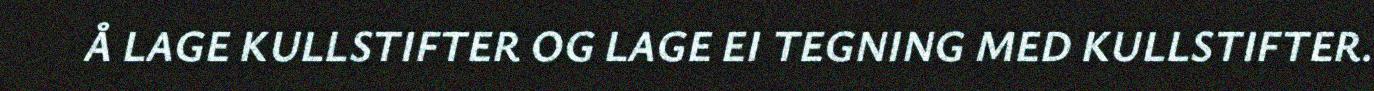
Å LAGE KULLSTIFTER OG LAGE EI TEGNING MED KULLSTIFTER.